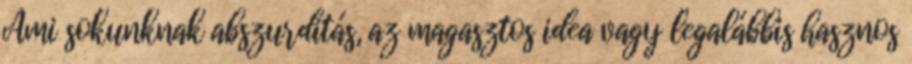
Ami sokunknak abszurditás, az magasztos idea vagy legalábbis hasznos